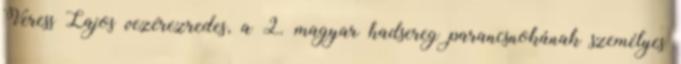
Veress Lajos vezérezredes, a 2. magyar hadsereg parancsnokának személyes